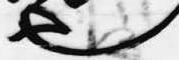
也